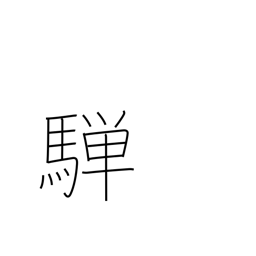
Meaning: dappled grey horse